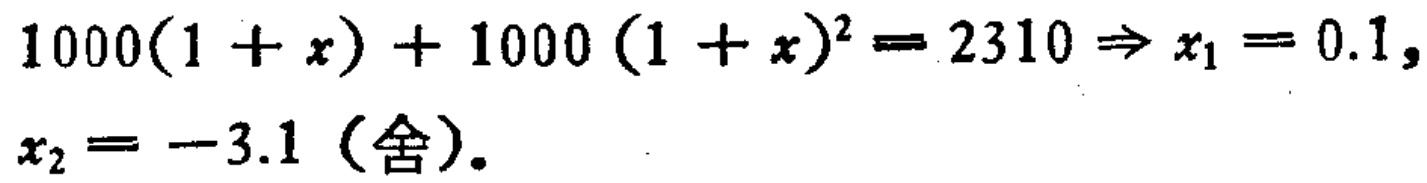
\(1000(1 + x) + 1000 (1 + x)^{2}= 2310 \Rightarrow x_{1}= 0.1, x_{2}= -3.1（舍）\)